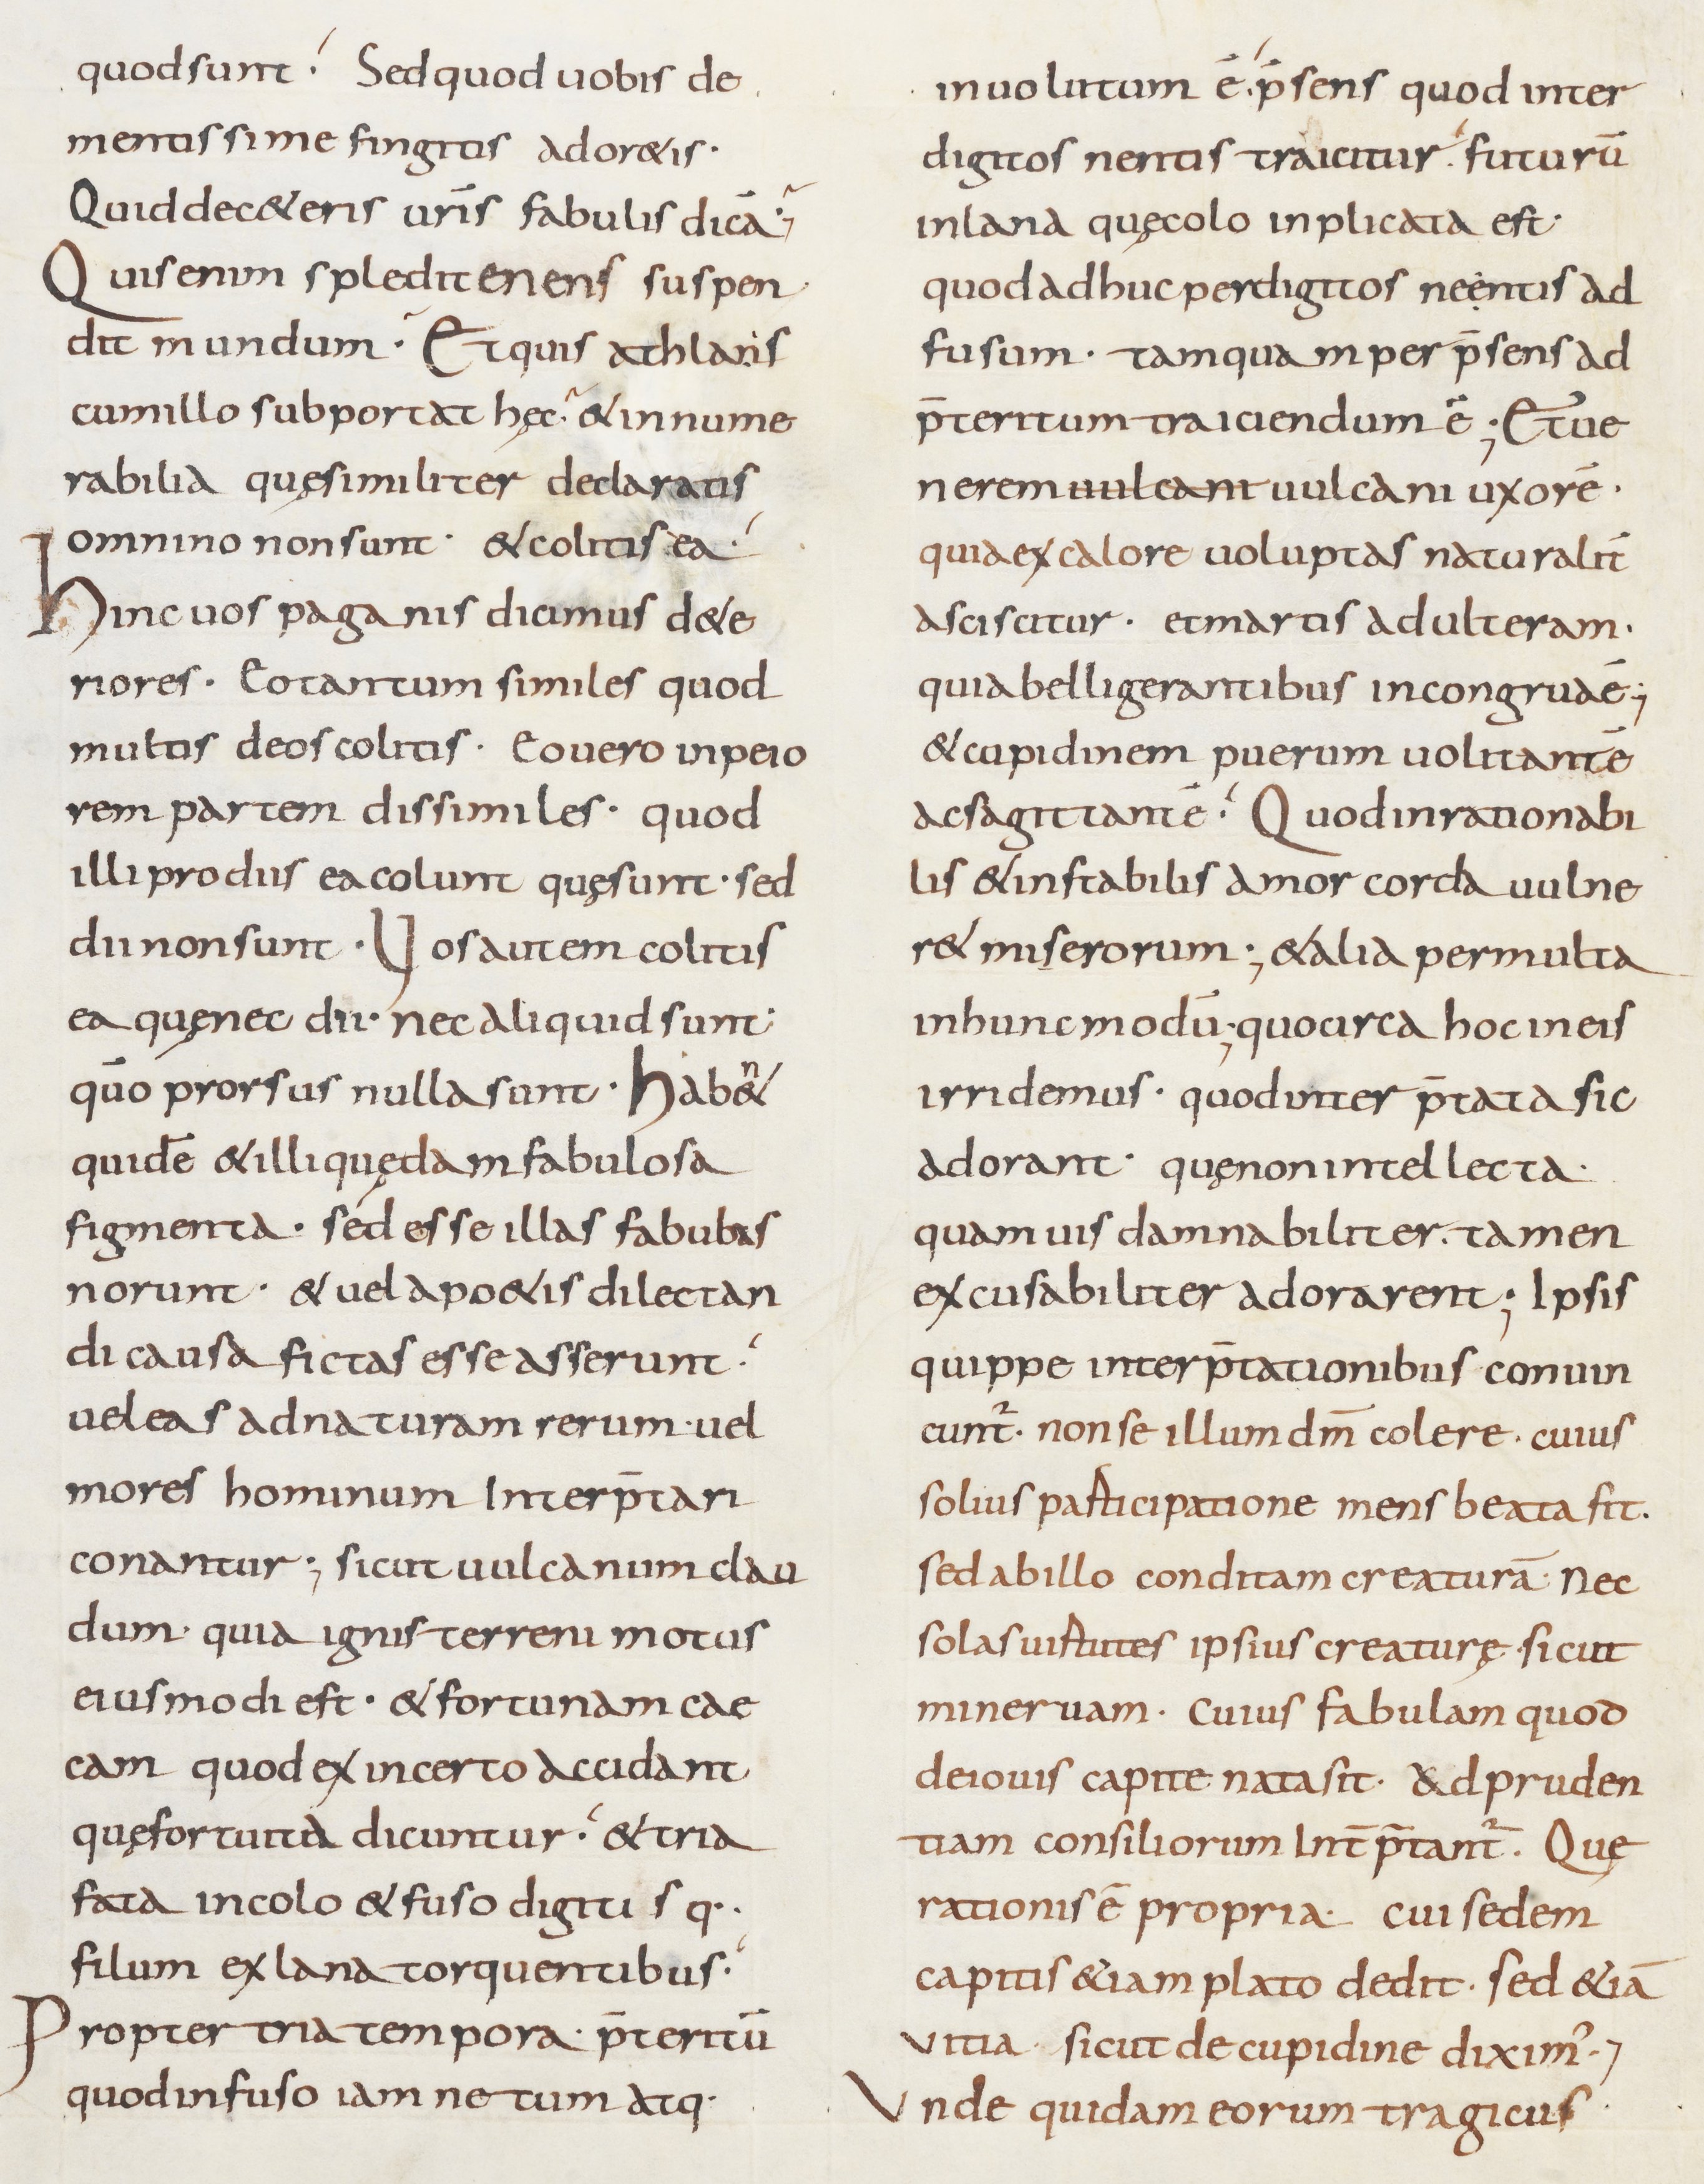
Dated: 800–899